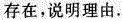
存在，说明理由。